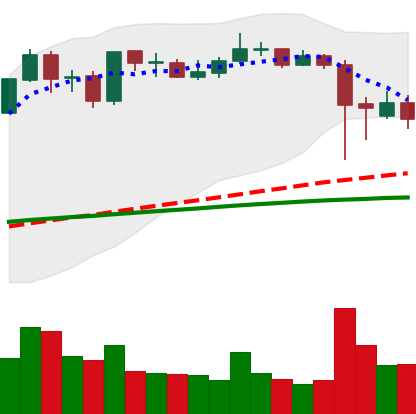
Ticker: ADA-USD
Chart end date: 2021-09-10
Forward return: 4.85%
Label: up_3_5